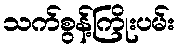
သက်စွန့်ကြိုးပမ်း